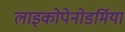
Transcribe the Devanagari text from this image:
लाइकोपेनोडर्मिया